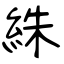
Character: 絑